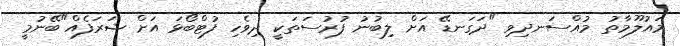
މައުލޫމާތު މުއްސަނދިވި "ދަގަނޑޭ އަށް ލިބުނު ފުރުސަތަކީ ދިވެހި ފުޓްބޯޅަ އަށް ޝަރަފެއް"ބޭނުމީ